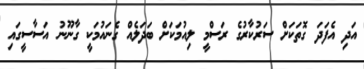
އަދި އެފަދަ ގޮތަކަށް ސަރުކާރުގެ ރަސްމީ ލިއުމަކަށް ބަދަލެއް ގެނައުމަކީ ގާނޫނު އަސާސީގައި